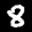
Label: 8